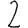
Digit: 2